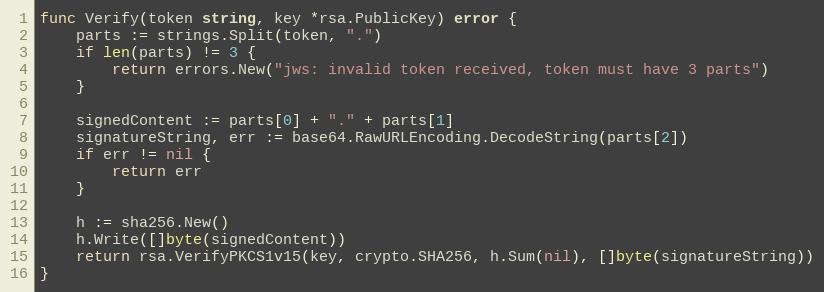
Language: Go
func Verify(token string, key *rsa.PublicKey) error {
	parts := strings.Split(token, ".")
	if len(parts) != 3 {
		return errors.New("jws: invalid token received, token must have 3 parts")
	}

	signedContent := parts[0] + "." + parts[1]
	signatureString, err := base64.RawURLEncoding.DecodeString(parts[2])
	if err != nil {
		return err
	}

	h := sha256.New()
	h.Write([]byte(signedContent))
	return rsa.VerifyPKCS1v15(key, crypto.SHA256, h.Sum(nil), []byte(signatureString))
}